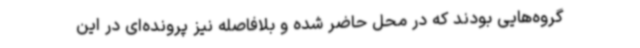
گروه‌هایی بودند که در محل حاضر شده و بلافاصله نیز پرونده‌ای در این